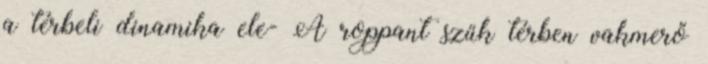
a térbeli dinamika ele- A roppant szűk térben vakmerő